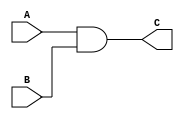
module AND_G(A,B,C);

input A,B;
output C;

assign C= A&B;
endmodule